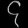
Digit: ၄